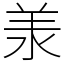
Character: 𣴎